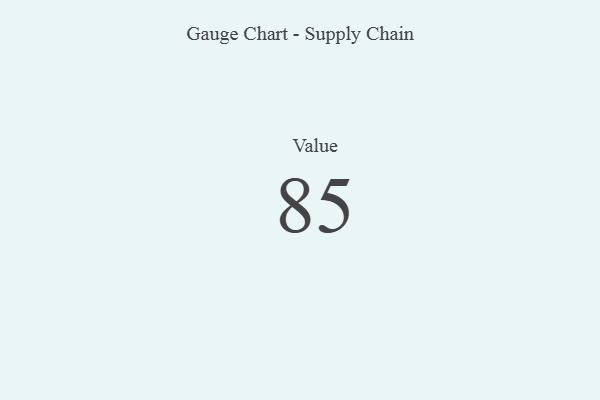
{"axis": {"x": "Metric", "y": "Value"}, "legend": [""], "data": [{"x": "Value", "y": 85, "type": ""}]}